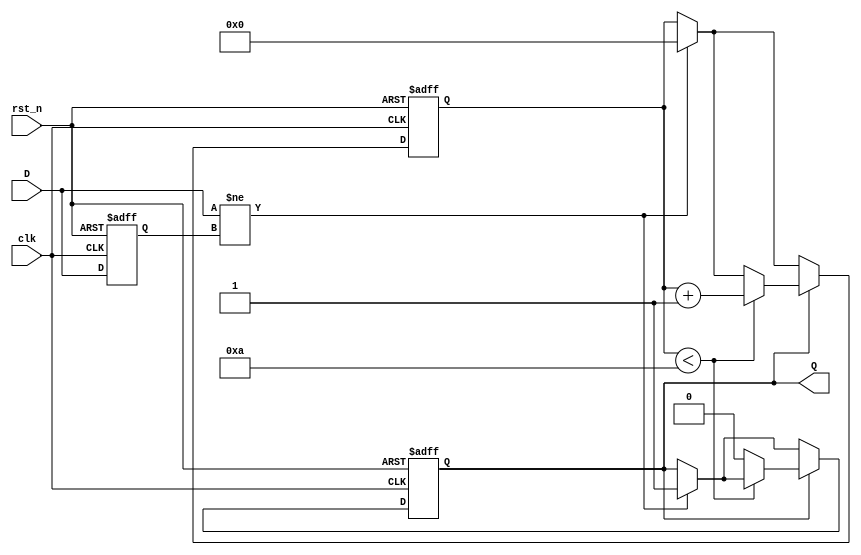
module MonostableEdgeDetector (
    input wire clk,          // Clock input
    input wire rst_n,       // Active low reset
    input wire D,           // Input signal to monitor for edges
    output reg Q            // Output pulse signal
);

    // Parameters
    parameter PULSE_WIDTH = 10; // Pulse width in clock cycles

    // Internal signals
    reg D_prev;                // Previous state of the input signal
    reg [3:0] pulse_counter;   // Counter for pulse width

    // Edge detection and pulse generation
    always @(posedge clk or negedge rst_n) begin
        if (!rst_n) begin
            D_prev <= 1'b0;     // Initialize previous state
            Q <= 1'b0;          // Initialize output pulse
            pulse_counter <= 0;  // Initialize pulse counter
        end else begin
            // Edge detection
            if (D != D_prev) begin
                // Edge detected, start pulse generation
                Q <= 1'b1;        // Activate output pulse
                pulse_counter <= 0; // Reset pulse counter
            end
            
            // Pulse width control
            if (Q) begin
                if (pulse_counter < PULSE_WIDTH) begin
                    pulse_counter <= pulse_counter + 1; // Increment counter
                end else begin
                    Q <= 1'b0; // Deactivate output pulse after pulse width
                end
            end
            
            // Update previous state
            D_prev <= D;
        end
    end

endmodule